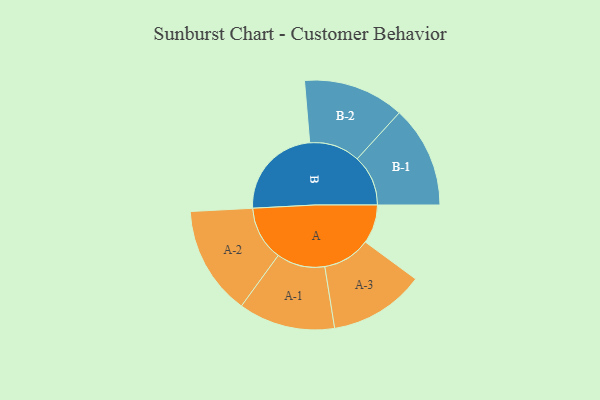
{"axis": {"x": "Segment", "y": "Value"}, "legend": ["", "A", "B"], "data": [{"x": "A", "y": 206, "type": ""}, {"x": "B", "y": 500, "type": ""}, {"x": "A-1", "y": 256, "type": "A"}, {"x": "A-2", "y": 289, "type": "A"}, {"x": "A-3", "y": 253, "type": "A"}, {"x": "B-1", "y": 270, "type": "B"}, {"x": "B-2", "y": 268, "type": "B"}]}